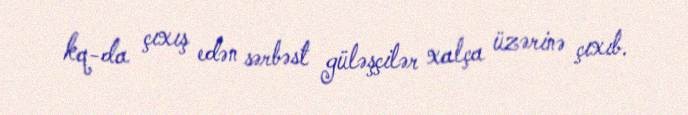
kq-da çıxış edən sərbəst güləşçilər xalça üzərinə çıxıb.